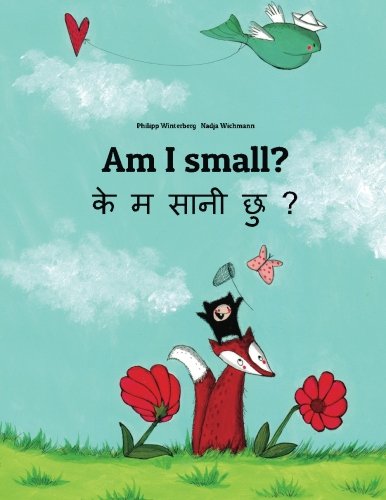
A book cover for Am I small? Ke m saani chu?: Children's Picture Book English-Nepali (Bilingual Edition); Philipp Winterberg; Children's Books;